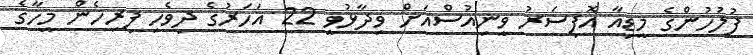
ފުލުހުންގެ މީޑިއާ އޮފިސަރު ވީނިއުސްއަށް ވިދާޅުވީ 22 އަހަރުގެ ދިވެހި ފިރިހެން މީހާގެ